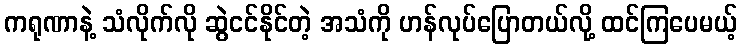
ကရုဏာနဲ့ သံလိုက်လို ဆွဲငင်နိုင်တဲ့ အသံကို ဟန်လုပ်ပြောတယ်လို့ ထင်ကြပေမယ့်